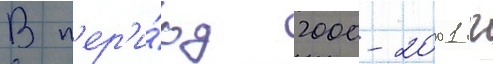
В п'ер'и́од 2000-2001 гг